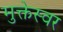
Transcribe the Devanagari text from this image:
मुक्तेस्वर